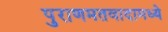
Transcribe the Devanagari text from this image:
पुराणमतवादामध्ये